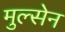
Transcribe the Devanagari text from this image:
मुल्सेन